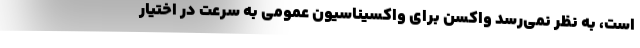
است، به نظر نمی‌رسد واکسن برای واکسیناسیون عمومی به سرعت در اختیار